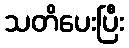
သတိပေးပြီး